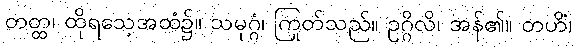
တတ္ထ၊ ထိုရသေ့အထံ၌။ သမုဂ္ဂံ၊ ကြုတ်သည်။ ဥဂ္ဂိလိ၊ အန်၏။ တဟိံ၊